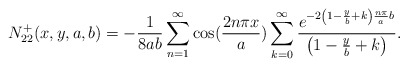
\begin{align*}N_{22}^{+}(x,y,a,b)=-\frac{1}{8ab}\sum_{n=1}^{\infty }\cos (\frac{2n\pi x}{a})\sum_{k=0}^{\infty }\frac{e^{-2\left( 1-\frac{y}{b}+k\right) \frac{n\pi }{a}b}}{\left( 1-\frac{y}{b}+k\right)}.\end{align*}